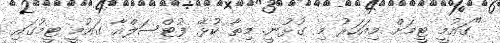
"ގައުމީ ޓީމަށް މިއަހަރު މި ގުޅުނީ. މިތާ ކުޅޭ ފުޓްސަލްއާ ގައުމީ ޓީމުގައި